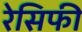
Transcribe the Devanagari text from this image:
रेसिफी